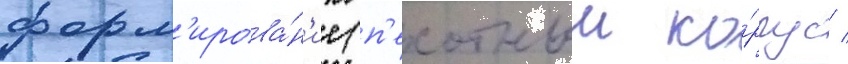
форм'ирова́н'ие (п'ехотныи ко́рпус /